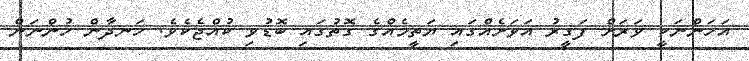
އަހަންނަކީ ވަރަށް ފަގީރު އަވަށެއްގައި ޔަތީމެއްގެ ގޮތުގައި ބޮޑުވި ކުއްޖެކެވެ. ހަނދާން ހުންނަން